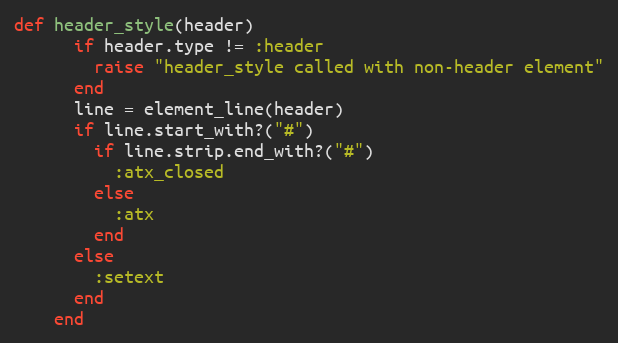
Language: Ruby
def header_style(header)
      if header.type != :header
        raise "header_style called with non-header element"
      end
      line = element_line(header)
      if line.start_with?("#")
        if line.strip.end_with?("#")
          :atx_closed
        else
          :atx
        end
      else
        :setext
      end
    end